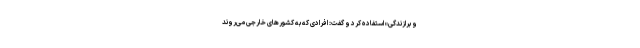
و برازندگی» استفاده کرد و گفت: افرادی که به کشورهای خارجی می‌روند